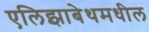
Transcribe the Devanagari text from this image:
एलिझाबेथमधील